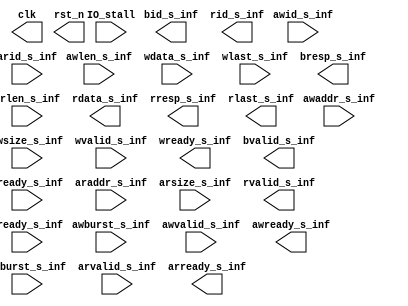
module PATTERN(
    			clk,
			  rst_n,
		   IO_stall,


         awid_s_inf,
       awaddr_s_inf,
       awsize_s_inf,
      awburst_s_inf,
        awlen_s_inf,
      awvalid_s_inf,
      awready_s_inf,
                    
        wdata_s_inf,
        wlast_s_inf,
       wvalid_s_inf,
       wready_s_inf,
                    
          bid_s_inf,
        bresp_s_inf,
       bvalid_s_inf,
       bready_s_inf,
                    
         arid_s_inf,
       araddr_s_inf,
        arlen_s_inf,
       arsize_s_inf,
      arburst_s_inf,
      arvalid_s_inf,
                    
      arready_s_inf, 
          rid_s_inf,
        rdata_s_inf,
        rresp_s_inf,
        rlast_s_inf,
       rvalid_s_inf,
       rready_s_inf 
    );

//---------------------------------------------------------------------
//   PORT DECLARATION          
//---------------------------------------------------------------------
parameter ID_WIDTH=4, DATA_WIDTH=32, ADDR_WIDTH=32, DRAM_NUMBER=2, WRIT_NUMBER=1;

output reg			  clk,rst_n;
input				IO_stall;

// axi write address channel 
input wire [WRIT_NUMBER * ID_WIDTH-1:0]        awid_s_inf;
input wire [WRIT_NUMBER * ADDR_WIDTH-1:0]    awaddr_s_inf;
input wire [WRIT_NUMBER * 3 -1:0]            awsize_s_inf;
input wire [WRIT_NUMBER * 2 -1:0]           awburst_s_inf;
input wire [WRIT_NUMBER * 7 -1:0]             awlen_s_inf;
input wire [WRIT_NUMBER-1:0]                awvalid_s_inf;
output wire [WRIT_NUMBER-1:0]               awready_s_inf;
// axi write data channel 
input wire [WRIT_NUMBER * DATA_WIDTH-1:0]     wdata_s_inf;
input wire [WRIT_NUMBER-1:0]                  wlast_s_inf;
input wire [WRIT_NUMBER-1:0]                 wvalid_s_inf;
output wire [WRIT_NUMBER-1:0]                wready_s_inf;
// axi write response channel
output wire [WRIT_NUMBER * ID_WIDTH-1:0]         bid_s_inf;
output wire [WRIT_NUMBER * 2 -1:0]             bresp_s_inf;
output wire [WRIT_NUMBER-1:0]             	  bvalid_s_inf;
input wire [WRIT_NUMBER-1:0]                  bready_s_inf;
// -----------------------------
// axi read address channel 
input wire [DRAM_NUMBER * ID_WIDTH-1:0]       arid_s_inf;
input wire [DRAM_NUMBER * ADDR_WIDTH-1:0]   araddr_s_inf;
input wire [DRAM_NUMBER * 7 -1:0]            arlen_s_inf;
input wire [DRAM_NUMBER * 3 -1:0]           arsize_s_inf;
input wire [DRAM_NUMBER * 2 -1:0]          arburst_s_inf;
input wire [DRAM_NUMBER-1:0]               arvalid_s_inf;
output wire [DRAM_NUMBER-1:0]              arready_s_inf;
// -----------------------------
// axi read data channel 
output wire [DRAM_NUMBER * ID_WIDTH-1:0]         rid_s_inf;
output wire [DRAM_NUMBER * DATA_WIDTH-1:0]     rdata_s_inf;
output wire [DRAM_NUMBER * 2 -1:0]             rresp_s_inf;
output wire [DRAM_NUMBER-1:0]                  rlast_s_inf;
output wire [DRAM_NUMBER-1:0]                 rvalid_s_inf;
input wire [DRAM_NUMBER-1:0]                  rready_s_inf;
// -----------------------------

endmodule